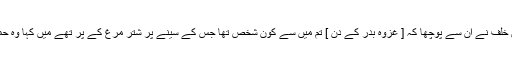
حضرت عبدالرحمٰن بن عوف رضی اللہ عنہ سے روایت ہے کہ امیہ بن خلف نے ان سے پوچھا کہ [ غزوہ بدر کے دن ] تم میں سے کون شخص تھا جس کے سینے پر شتر مرغ کے پر تھے میں کہا وہ حمزہ رضی اللہ عنہ تھے امیہ نے کہا انہوں نے ہمارا بہت برا حشر کیا ۔